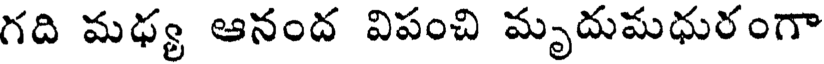
గది మధ్య ఆనంద విపంచి మృదుమధురంగా